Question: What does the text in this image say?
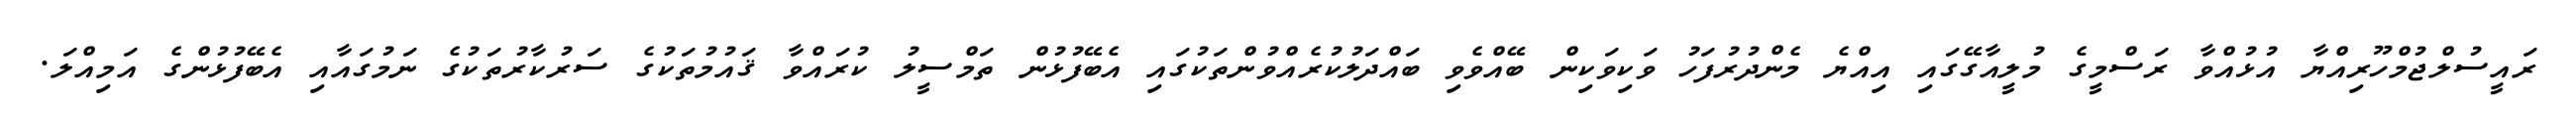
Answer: ރައީސުލްޖުމްހޫރިއްޔާ އުޅުއްވާ ރަސްމީގެ މުލީއާގޭގައި އިއްޔެ މެންދުރުފަހު ވަކިވަކިން ބޭއްވެވި ބައްދަލުކުރެއްވުންތަކުގައި އެބޭފުޅުން ތަމްސީލު ކުރައްވާ ޤައުމުތަކުގެ ސަރުކާރުތަކުގެ ނަމުގައާއި އެބޭފުޅުންގެ އަމިއްލަ.